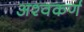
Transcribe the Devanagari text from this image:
अश्वकर्ण